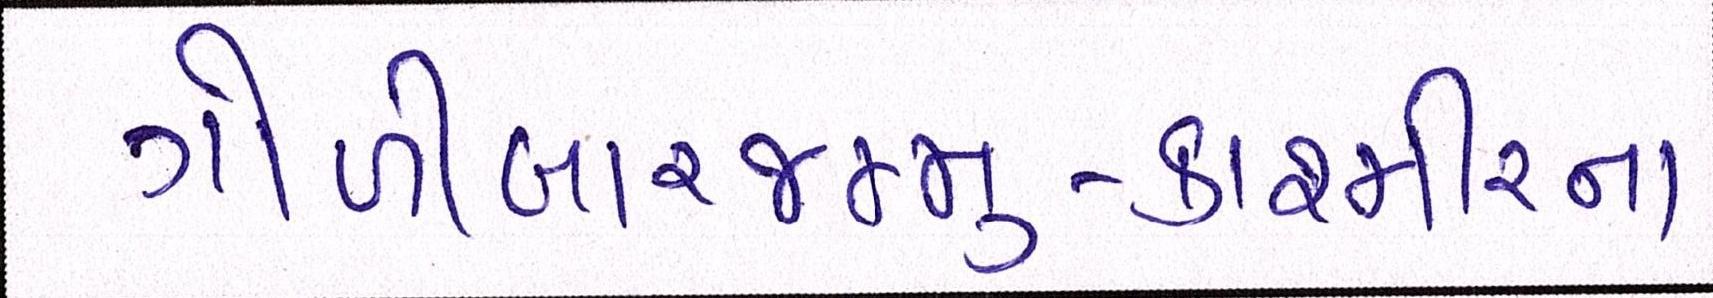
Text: ગોળીબારજમ્મુ-કાશ્મીરના